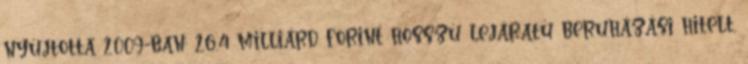
nyújtotta 2009-ban: 26,4 milliárd forint hosszú lejáratú beruházási hitelt.